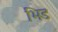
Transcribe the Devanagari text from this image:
भिड